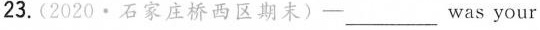
23.(2020·石家庄桥西区期末)— ___was your